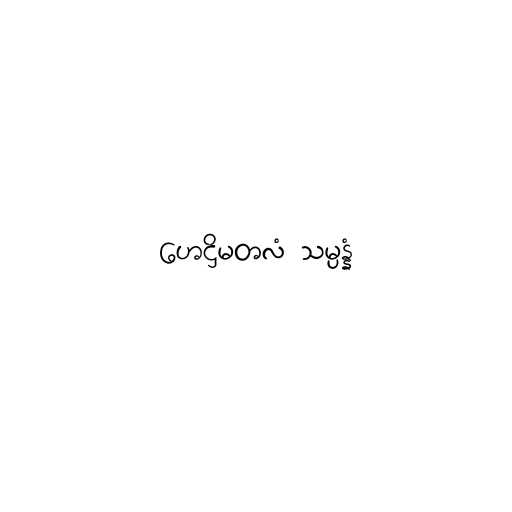
ဟေဋ္ဌိမတလံ သမ္ပန္နံ